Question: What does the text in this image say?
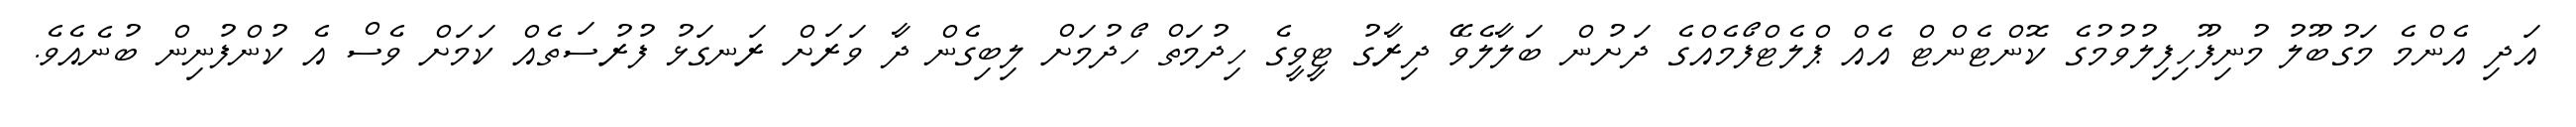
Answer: އަދި އެންމެ މަގުބޫލު މުނިފޫހިފިލުވުމުގެ ކޮންޓެންޓް އެއް ޕްލެޓްފޯމެއްގެ ދަށުން ބަލާލެވޭ ދިރާގު ޓީވީގެ ހިދުމަތް ހޯދުމަށް ލިބިގެން ދާ ވަރަށް ރަނގަޅު ފުރުސަތެއް ކަމަށް ވެސް އެ ކުންފުނިން ބުނެއެވެ.